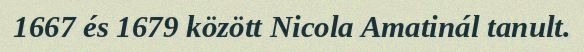
1667 és 1679 között Nicola Amatinál tanult.